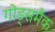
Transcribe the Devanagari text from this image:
गोड्समैक